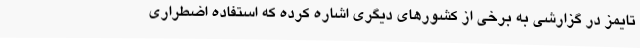
تایمز در گزارشی به برخی از کشورهای دیگری اشاره کرده که استفاده اضطراری